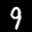
Label: 9